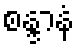
စန္ဒာနံ